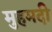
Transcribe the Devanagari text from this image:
मुहमदी